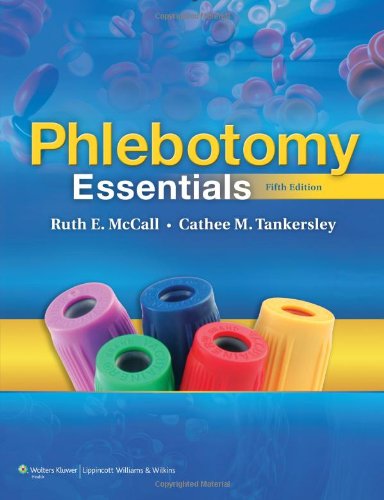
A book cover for Phlebotomy Essentials; Ruth E. McCall BS  MT(ASCP); Test Preparation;